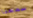
سمعنا